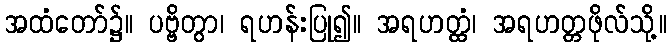
အထံတော်၌။ ပဗ္ဗိတွာ၊ ရဟန်းပြု၍။ အရဟတ္ထံ၊ အရဟတ္တဖိုလ်သို့။